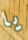
يا